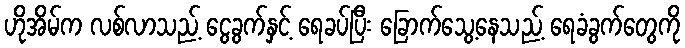
ဟိုအိမ်က လစ်လာသည့် ငွေခွက်နှင့် ရေခပ်ပြီး ခြောက်သွေ့နေသည့် ရေခံခွက်တွေကို